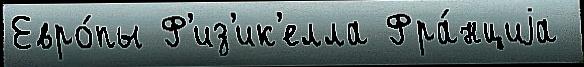
Евро́пы Ф'из'ик'елла Фра́нциjа